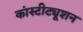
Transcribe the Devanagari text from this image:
कांस्टीट्यूशन